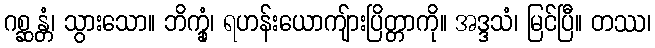
ဂစ္ဆန္တံ၊ သွားသော။ ဘိက္ခုံ၊ ရဟန်းယောကျ်ားပြိတ္တာကို။ အဒ္ဒသံ၊ မြင်ပြီ။ တဿ၊